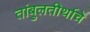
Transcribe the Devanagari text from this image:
तांबुलतीर्थाचे